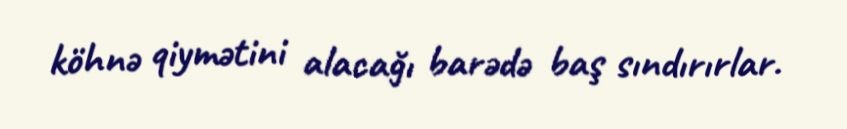
köhnə qiymətini alacağı barədə baş sındırırlar.